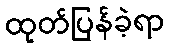
ထုတ်ပြန်ခဲ့ရာ